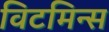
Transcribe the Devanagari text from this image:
विटमिन्स